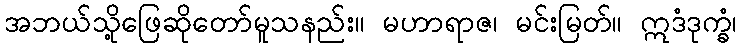
အဘယ်သို့ဖြေဆိုတော်မူသနည်း။ မဟာရာဇ၊ မင်းမြတ်။ ဣဒံဒုက္ခံ၊